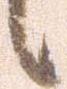
候